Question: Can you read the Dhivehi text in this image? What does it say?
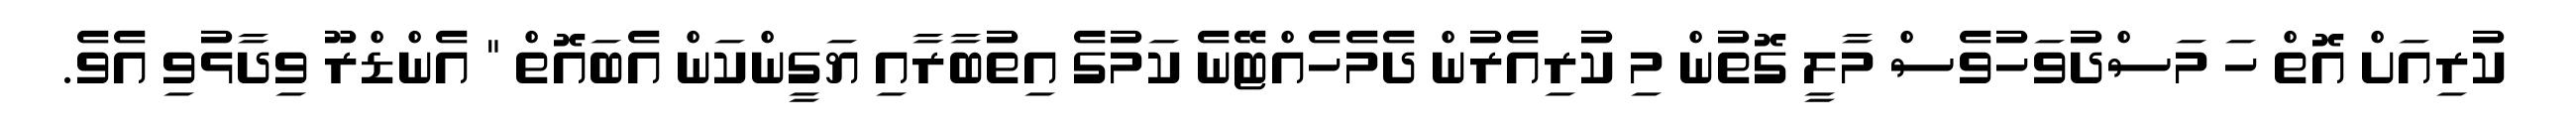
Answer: ކުރިއަށް އޮތް ހަ މަސްދުވަހުވެސް މާލީ ގޮތުން މި ކުރިއެރުން ދެމެހެއްޓޭނެ ކަމުގެ އިތުބާރާއި ޔަގީންކަން އެބައޮތް " އެންޑްރޫ ވިދާޅުވި އެވެ.